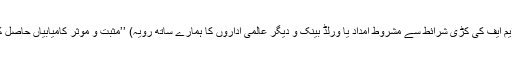
عالمی سطح پر جانے کون سی (آئی ایم ایف کی کڑی شرائط سے مشروط امداد یا ورلڈ بینک و دیگر عالمی اداروں کا ہمارے ساتھ رویہ) ’’مثبت و موثر کامیابیاں حاصل کرکے پاکستان کا سربلند کیا گیا ہے۔